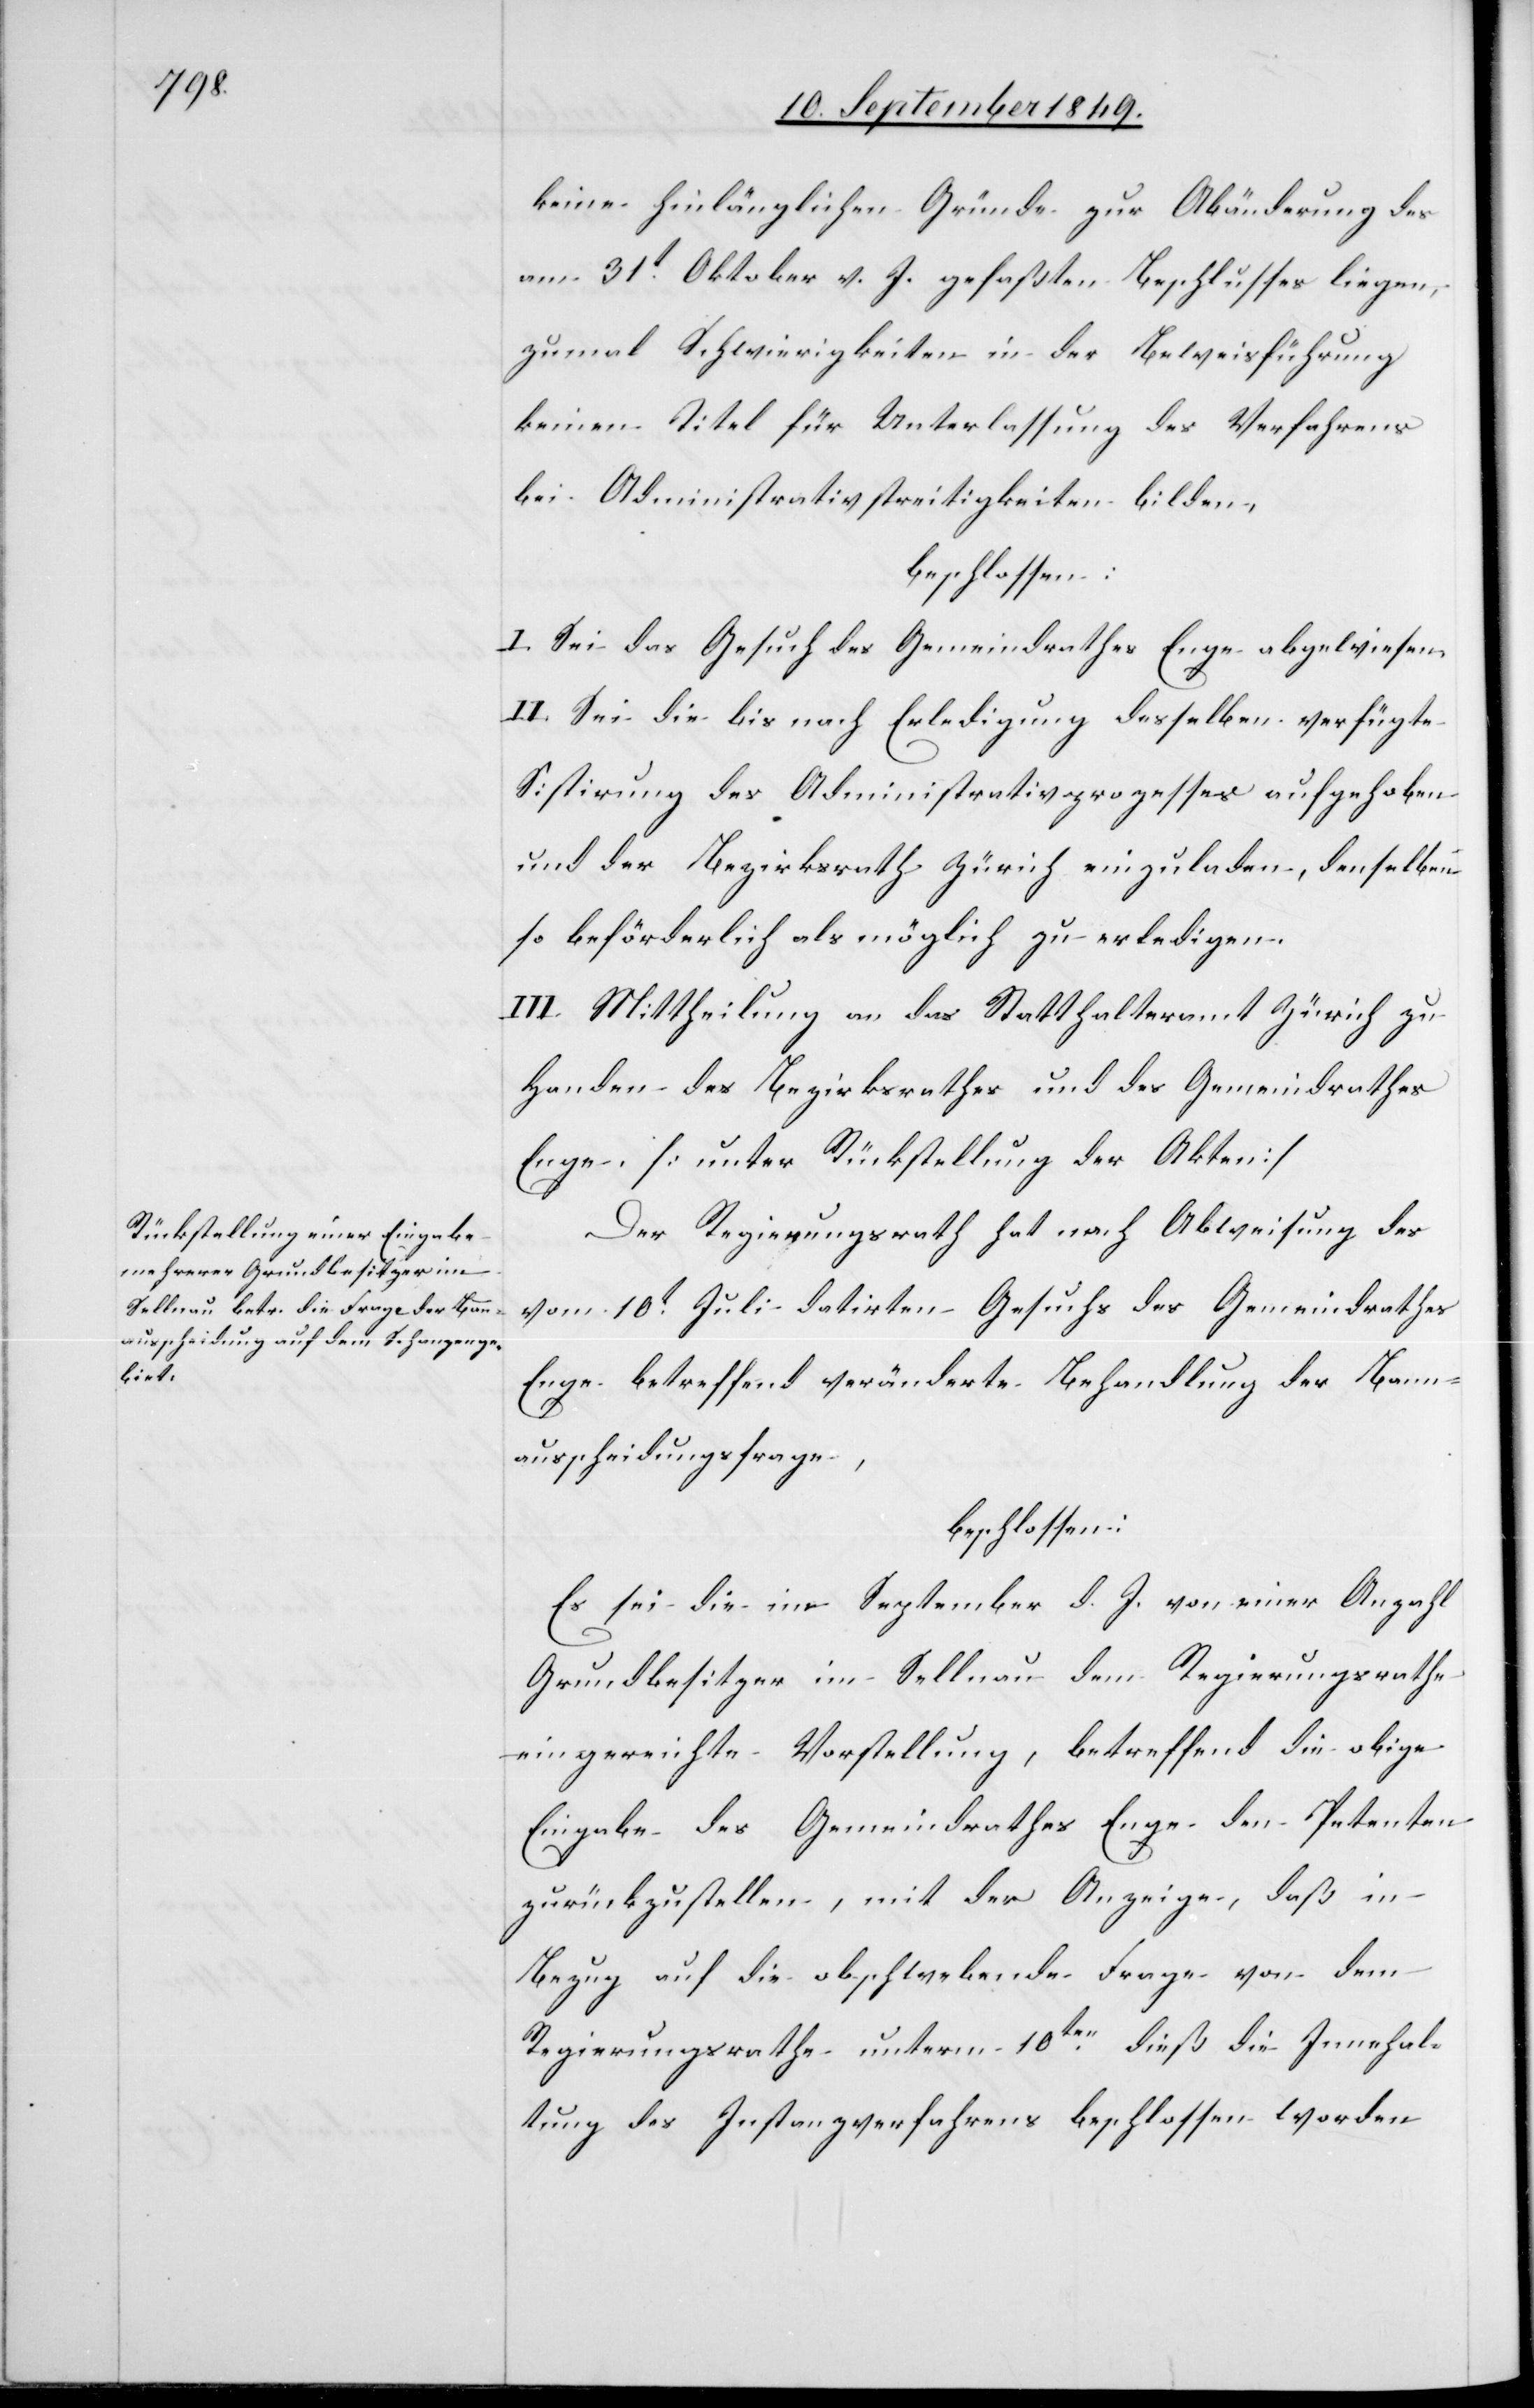
keine hinlänglichen Gründe zur Abänderung des
am 31t Oktober v. J. gefaßten Beschlusses liegen,
zumal Schwierigkeiten in der Beweisführung
keinen Titel für Unterlassung des Verfahrens
bei Administrativstreitigkeiten bilden,
beschlossen:
I. Sei das Gesuch des Gemeindrathes Enge abgewiesen.
II. Sei die bis nach Erledigung desselben verfügte
Sistirung des Administrativprozesses aufgehoben
und der Bezirksrath Zürich einzuladen, denselben
so beförderlich als möglich zu erledigen.
III. Mittheilung an das Statthalteramt Zürich zu
Handen des Bezirksrathes und des Gemeindrathes
Enge. [unter Rückstellung der Akten]
Der Regierungsrath hat nach Abweisung des
vom 10t Juli datirten Gesuchs des Gemeindrathes
Enge betreffend veränderte Behandlung der Bann¬
ausscheidungsfrage,
beschlossen:
Es sei die in September d. J. von einer Anzahl
Grundbesitzer im Sellnau dem Regierungsrathe
eingereichte Vorstellung, betreffend die obige
Eingabe des Gemeindrathes Enge den Petenten
zurückzustellen, mit der Anzeige, daß in
Bezug auf die obschwebende Frage von dem
Regierungsrathe unterm 10ten dieß die Innehal¬
tung des Instanzverfahrens beschlossen worden